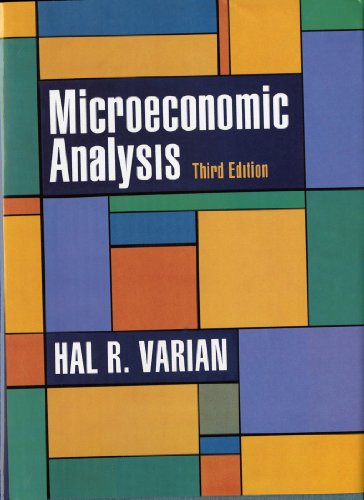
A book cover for Microeconomic Analysis, Third Edition; Hal R. Varian; Business & Money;